Civil Veterinary Department. United Provinces 1932-42 - 1932-1942
Year: 1932
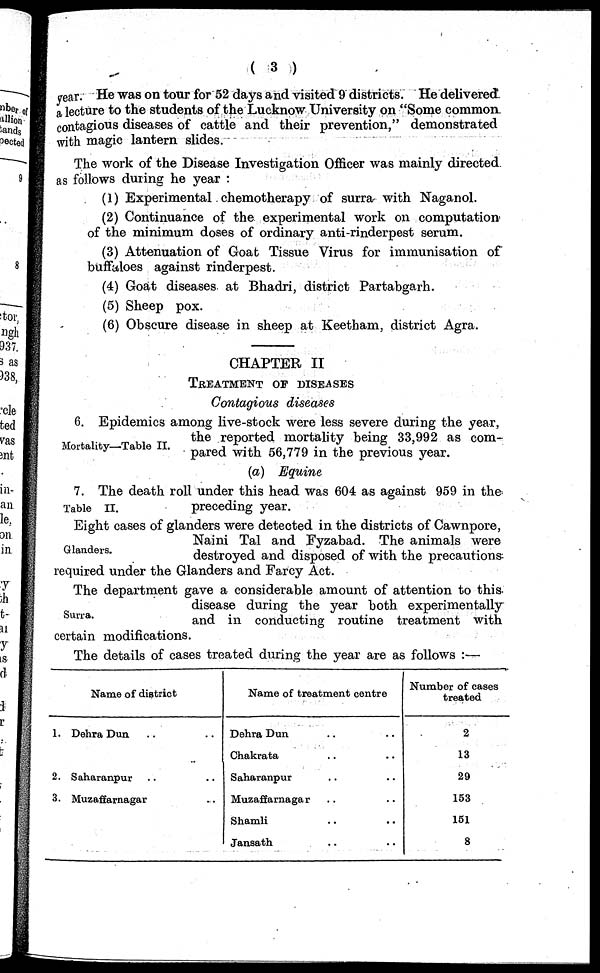
(3)
year. He was on tour for 52 days and visited 9 districts. He delivered
a lecture to the students of the Lucknow University on "Some common
contagious diseases of cattle and their prevention," demonstrated
with magic lantern slides.
The work of the Disease Investigation Officer was mainly directed
as follows during he year:
(1) Experimental chemotherapy of surra with Naganol.
(2) Continuance of the experimental work on computation
of the minimum doses of ordinary anti-rinderpest serum.
(3) Attenuation of Goat Tissue Virus for immunisation of
buffaloes against rinderpest.
(4) Goat diseases at Bhadri, district Partabgarh.
(5) Sheep pox.
(6) Obscure disease in sheep at Keetham, district Agra.
CHAPTER II
TREATMENT OF DISEASES
Contagious diseases
Mortality—Table II.
G. Epidemics among live-stock were less severe during the year,
the reported mortality being 33,992 as com-
pared with 56,779 in the previous year.
(a) Equine
Table II.
7. The death roll under this head was 604 as against 959 in the
preceding year.
Glanders.
Eight cases of glanders were detected in the districts of Cawnpore,
Naini Tal and Fyzabad. The animals were
destroyed and disposed of with the precautions
required under the Glanders and Farcy Act.
Surra.
The department gave a considerable amount of attention to this
disease during the year both experimentally
and in conducting routine treatment with
certain modifications.
The details of cases treated during the year are as follows:—
Name of district
1. Dehra Dun .. ..
2. Saharanpur .. ..
3. Muzaffarnagar ..
Name of treatment centre
Dehra Dun .. ..
Chakrata .. ..
Saharanpur .. ..
Muzaffarnagar .. ..
Shamli .. ..
Jansath .. ..
Number of cases
treated
2
13
29
153
151
8